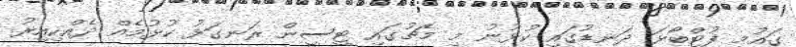
ގައުމީ ފުޓްބޯޅަ ދަނޑުގައި ކުޅުނު މި މެޗުގައި ޓީސީން ރަނގަޅު ކުޅުމެއް ދެއްކިއިރު